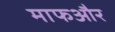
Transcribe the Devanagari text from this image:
माफऔर